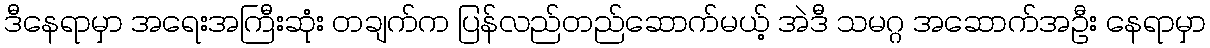
ဒီနေရာမှာ အရေးအကြီးဆုံး တချက်က ပြန်လည်တည်ဆောက်မယ့် အဲဒီ သမဂ္ဂ အဆောက်အဦး နေရာမှာ